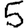
Digit: 5